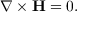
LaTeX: \nabla \times \mathbf { H } = 0 .